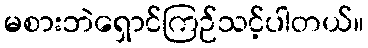
မစားဘဲရှောင်ကြဉ်သင့်ပါတယ်။